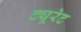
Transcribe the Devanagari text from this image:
ट्यूरेट